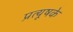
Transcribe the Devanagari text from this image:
प्रत्यूषके